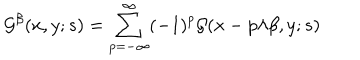
{ \cal G } ^ { \beta } ( x , y ; s ) = \sum _ { p = - \infty } ^ { \infty } ( - 1 ) ^ { p } { \cal G } ( x - p \lambda \beta , y ; s )